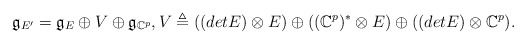
\begin{align*}\mathfrak{g}_{E'}=\mathfrak{g}_{E}\oplus V\oplus \mathfrak{g}_{\mathbb{C}^{p}}, V\triangleq ((detE)\otimes E)\oplus ((\mathbb{C}^{p})^{*}\otimes E)\oplus ((detE)\otimes\mathbb{C}^{p}). \end{align*}